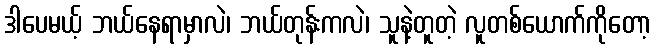
ဒါပေမယ့် ဘယ်နေရာမှာလဲ၊ ဘယ်တုန်းကလဲ၊ သူနဲ့တူတဲ့ လူတစ်ယောက်ကိုတော့